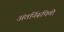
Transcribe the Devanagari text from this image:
अंतर्निरूपिणी